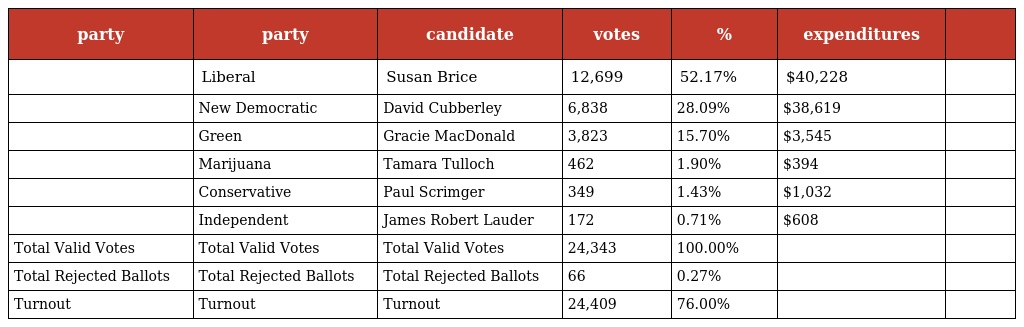
| party | party | candidate | votes | % | expenditures |  |
 | --- | --- | --- | --- | --- | --- | --- |
 |  | Liberal | Susan Brice | 12,699 | 52.17% | $40,228 |  |
 |  | New Democratic | David Cubberley | 6,838 | 28.09% | $38,619 |  |
 |  | Green | Gracie MacDonald | 3,823 | 15.70% | $3,545 |  |
 |  | Marijuana | Tamara Tulloch | 462 | 1.90% | $394 |  |
 |  | Conservative | Paul Scrimger | 349 | 1.43% | $1,032 |  |
 |  | Independent | James Robert Lauder | 172 | 0.71% | $608 |  |
 | Total Valid Votes | Total Valid Votes | Total Valid Votes | 24,343 | 100.00% |  |  |
 | Total Rejected Ballots | Total Rejected Ballots | Total Rejected Ballots | 66 | 0.27% |  |  |
 | Turnout | Turnout | Turnout | 24,409 | 76.00% |  |  |